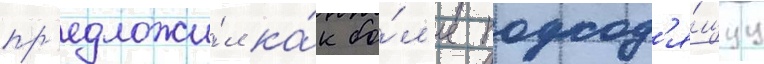
пр'едложи́л ка́к бо́л'ее подход'я́щуу